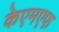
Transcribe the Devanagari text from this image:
केएमएफ